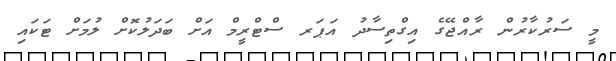
މީ ސަރުކާރުން ރާއްޖޭގެ އިގްތިސާދު އަޕަރ ސްޓްރީމް އަށް ބަދަލުކޮށް ލުމަށް ޓަކައި